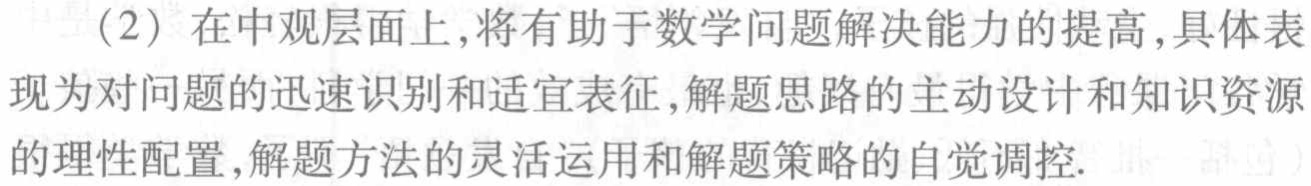
(2) 在中观层面上,将有助于数学问题解决能力的提高,具体表现为对问题的迅速识别和适宜表征,解题思路的主动设计和知识资源的理性配置,解题方法的灵活运用和解题策略的自觉调控.